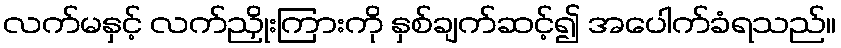
လက်မနှင့် လက်ညှိုးကြားကို နှစ်ချက်ဆင့်၍ အပေါက်ခံရသည်။